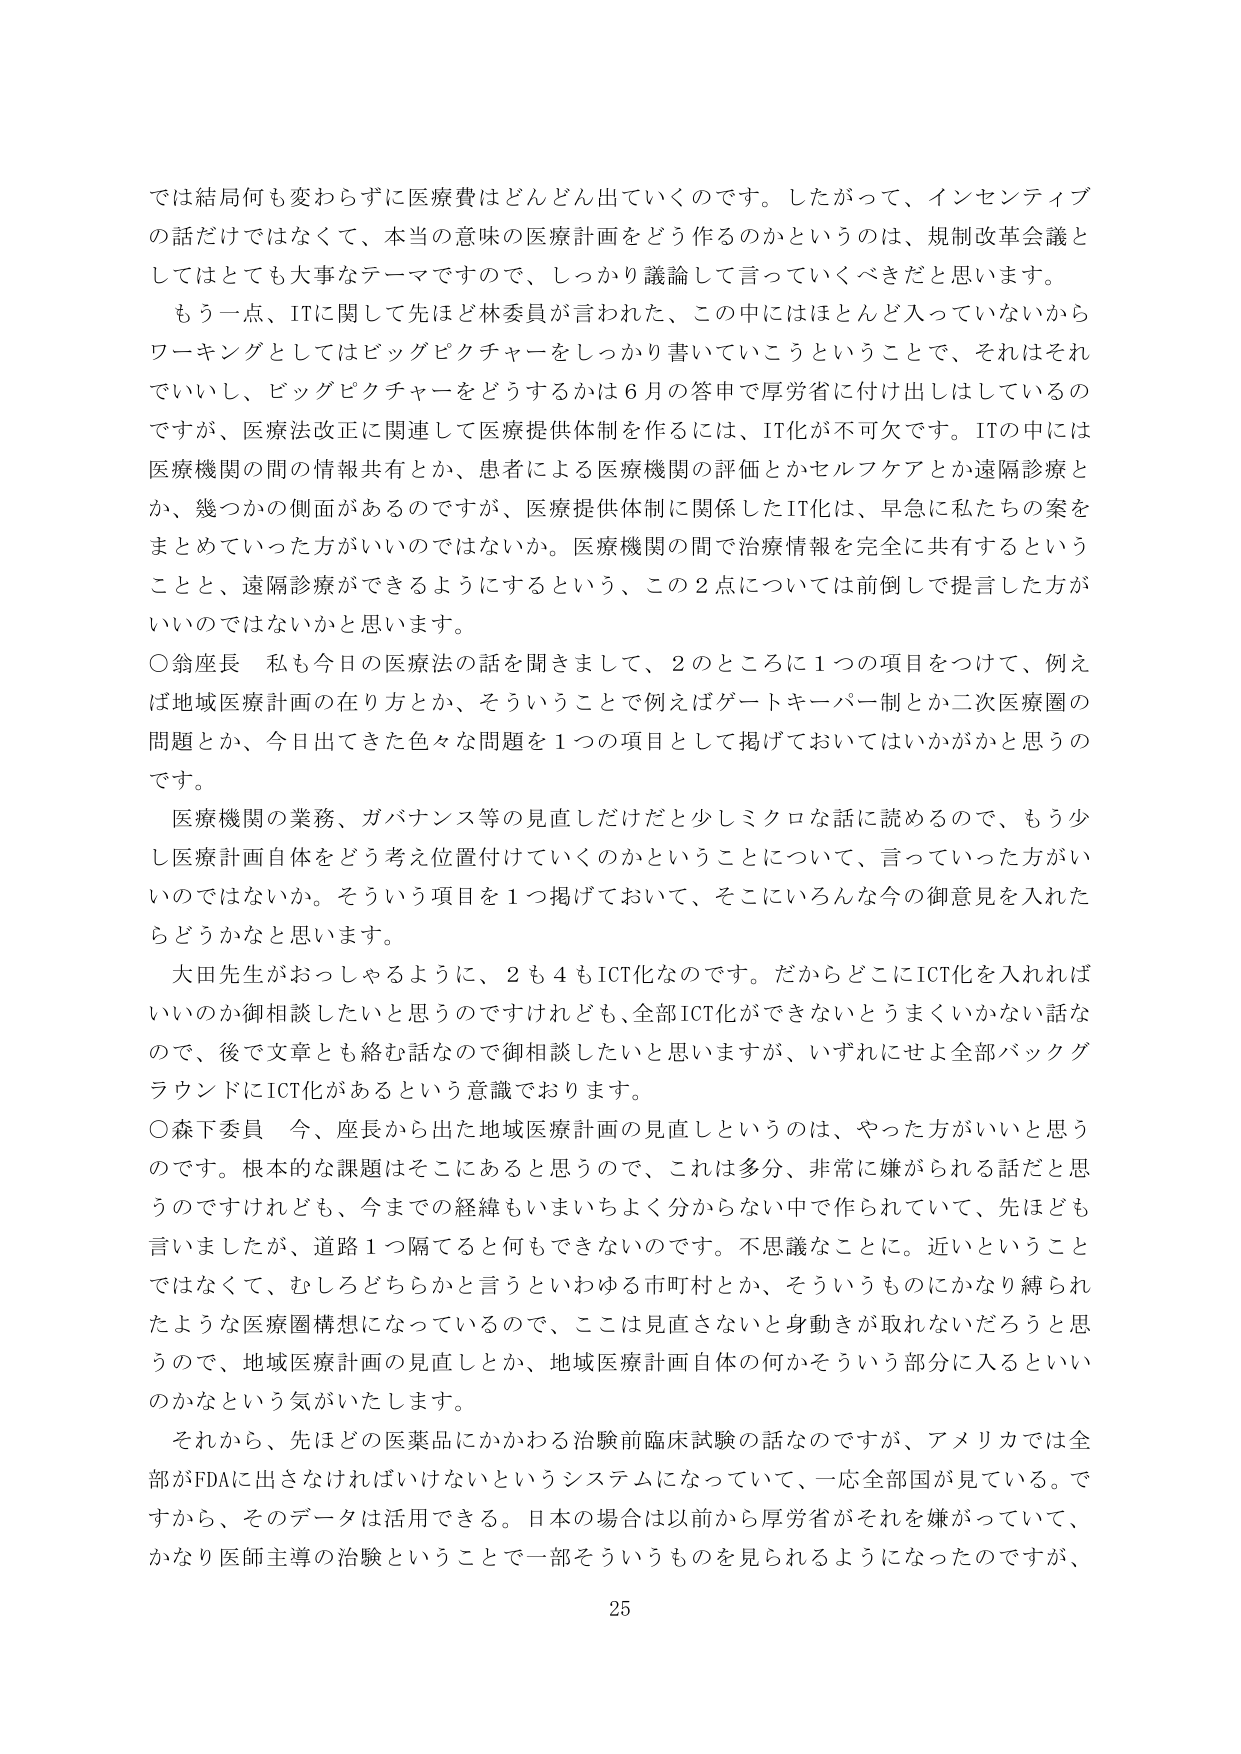
では結局何も変わらずに医療費はどんどん出ていくのです。したがって、インセンティブの話だけではなくて、本当の意味の医療計画をどう作るのかというのは、規制改革会議としてはとても大事なテーマですので、しっかり議論して言っていくべきだと思います。

もう一点、ITに関して先ほど林委員が言われた、この中にはほとんど入っていないからワーキングとしてはビッグピクチャーをしっかり書いていこうということで、それはそれでいいし、ビッグピクチャーをどうするかは６月の答申で厚労省に付け出はしているのですが、医療法改正に関連して医療提供体制を作るには、IT化が不可欠です。ITの中には医療機関の間の情報共有とか、患者による医療機関の評価とかセルフケアとか遠隔診療とか、幾つかの側面があるのですが、医療提供体制に関係したIT化は、早急に私たちの案をまとめていった方がいいのではないでしょうか。医療機関の間で治療情報を完全に共有するということと、遠隔診療ができるようにするという、この２点については前倒しで提言した方がいいのではないかと思います。

○翁座長　私も今日の医療法の話を聞きまして、２のところに１つの項目をつけて、例えば地域医療計画の在り方とか、そういうことで例えばゲートキーパー制とか二次医療圏の問題とか、今日出てきた色々な問題を１つの項目として掲げておいてはいかがかと思うのです。

医療機関の業務、ガバナンス等の見直しだけだと少しミクロな話に読めるので、もう少し医療計画自体をどう考え位置付けていくのかということについて、言っていった方がいいのではないか。そういう項目を１つ掲げておいて、そこにいろんな今の御意見を入れたらどうかなと思います。

大田先生がおっしゃるように、２も４もICT化なのです。だからどこにICT化を入れればいいのか御相談したいと思うのですけれども、全部ICT化ができないとうまくいかない話なので、後で文章とも絡む話なので御相談したいと思いますが、いずれにせよ全部バックグラウンドにICT化があるという意識でおります。

○森下委員　今、座長から出た地域医療計画の見直しというのは、やった方がいいと思うのです。根本的な課題はそこにあると思うので、これは多分、非常に嫌がられる話だと思うのですけれども、今までの経緯もいまいちよく分からない中で作られていて、先ほども言いましたが、道路１つ隔ると何もできないのです。不思議なことに。近いということではなくて、むしろどちらかと言うといわゆる市町村とか、そういうものにかなり縛られたような医療圏構想になっているので、ここは見直さないと身動きが取れないだろうと思うので、地域医療計画の見直しとか、地域医療計画自体の何かそういう部分に入るといいのかなという気がいたします。

それから、先ほどの医薬品にかかわる治験前臨床試験の話なのですが、アメリカでは全部がFDAに出さなければならないというシステムになっていて、一応全部国が見ている。ですから、そのデータは活用できる。日本の場合は以前から厚労省がそれを嫌がっていて、かなり医師主導の治験ということで一部そういうものを見られるようになったのですが、

25